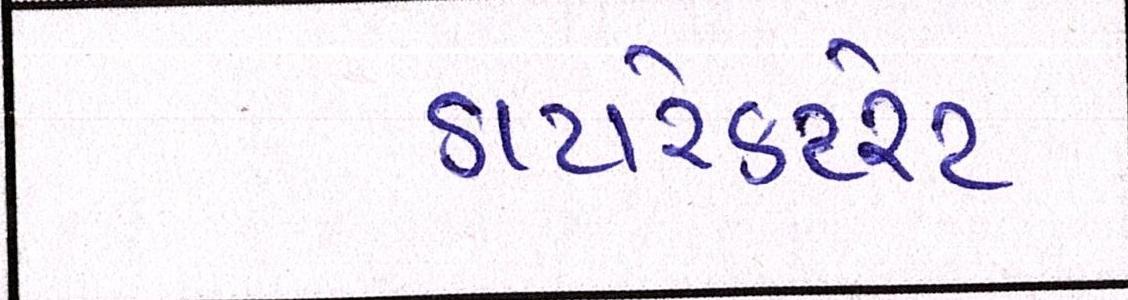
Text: ડાયરેક્ટરેટ